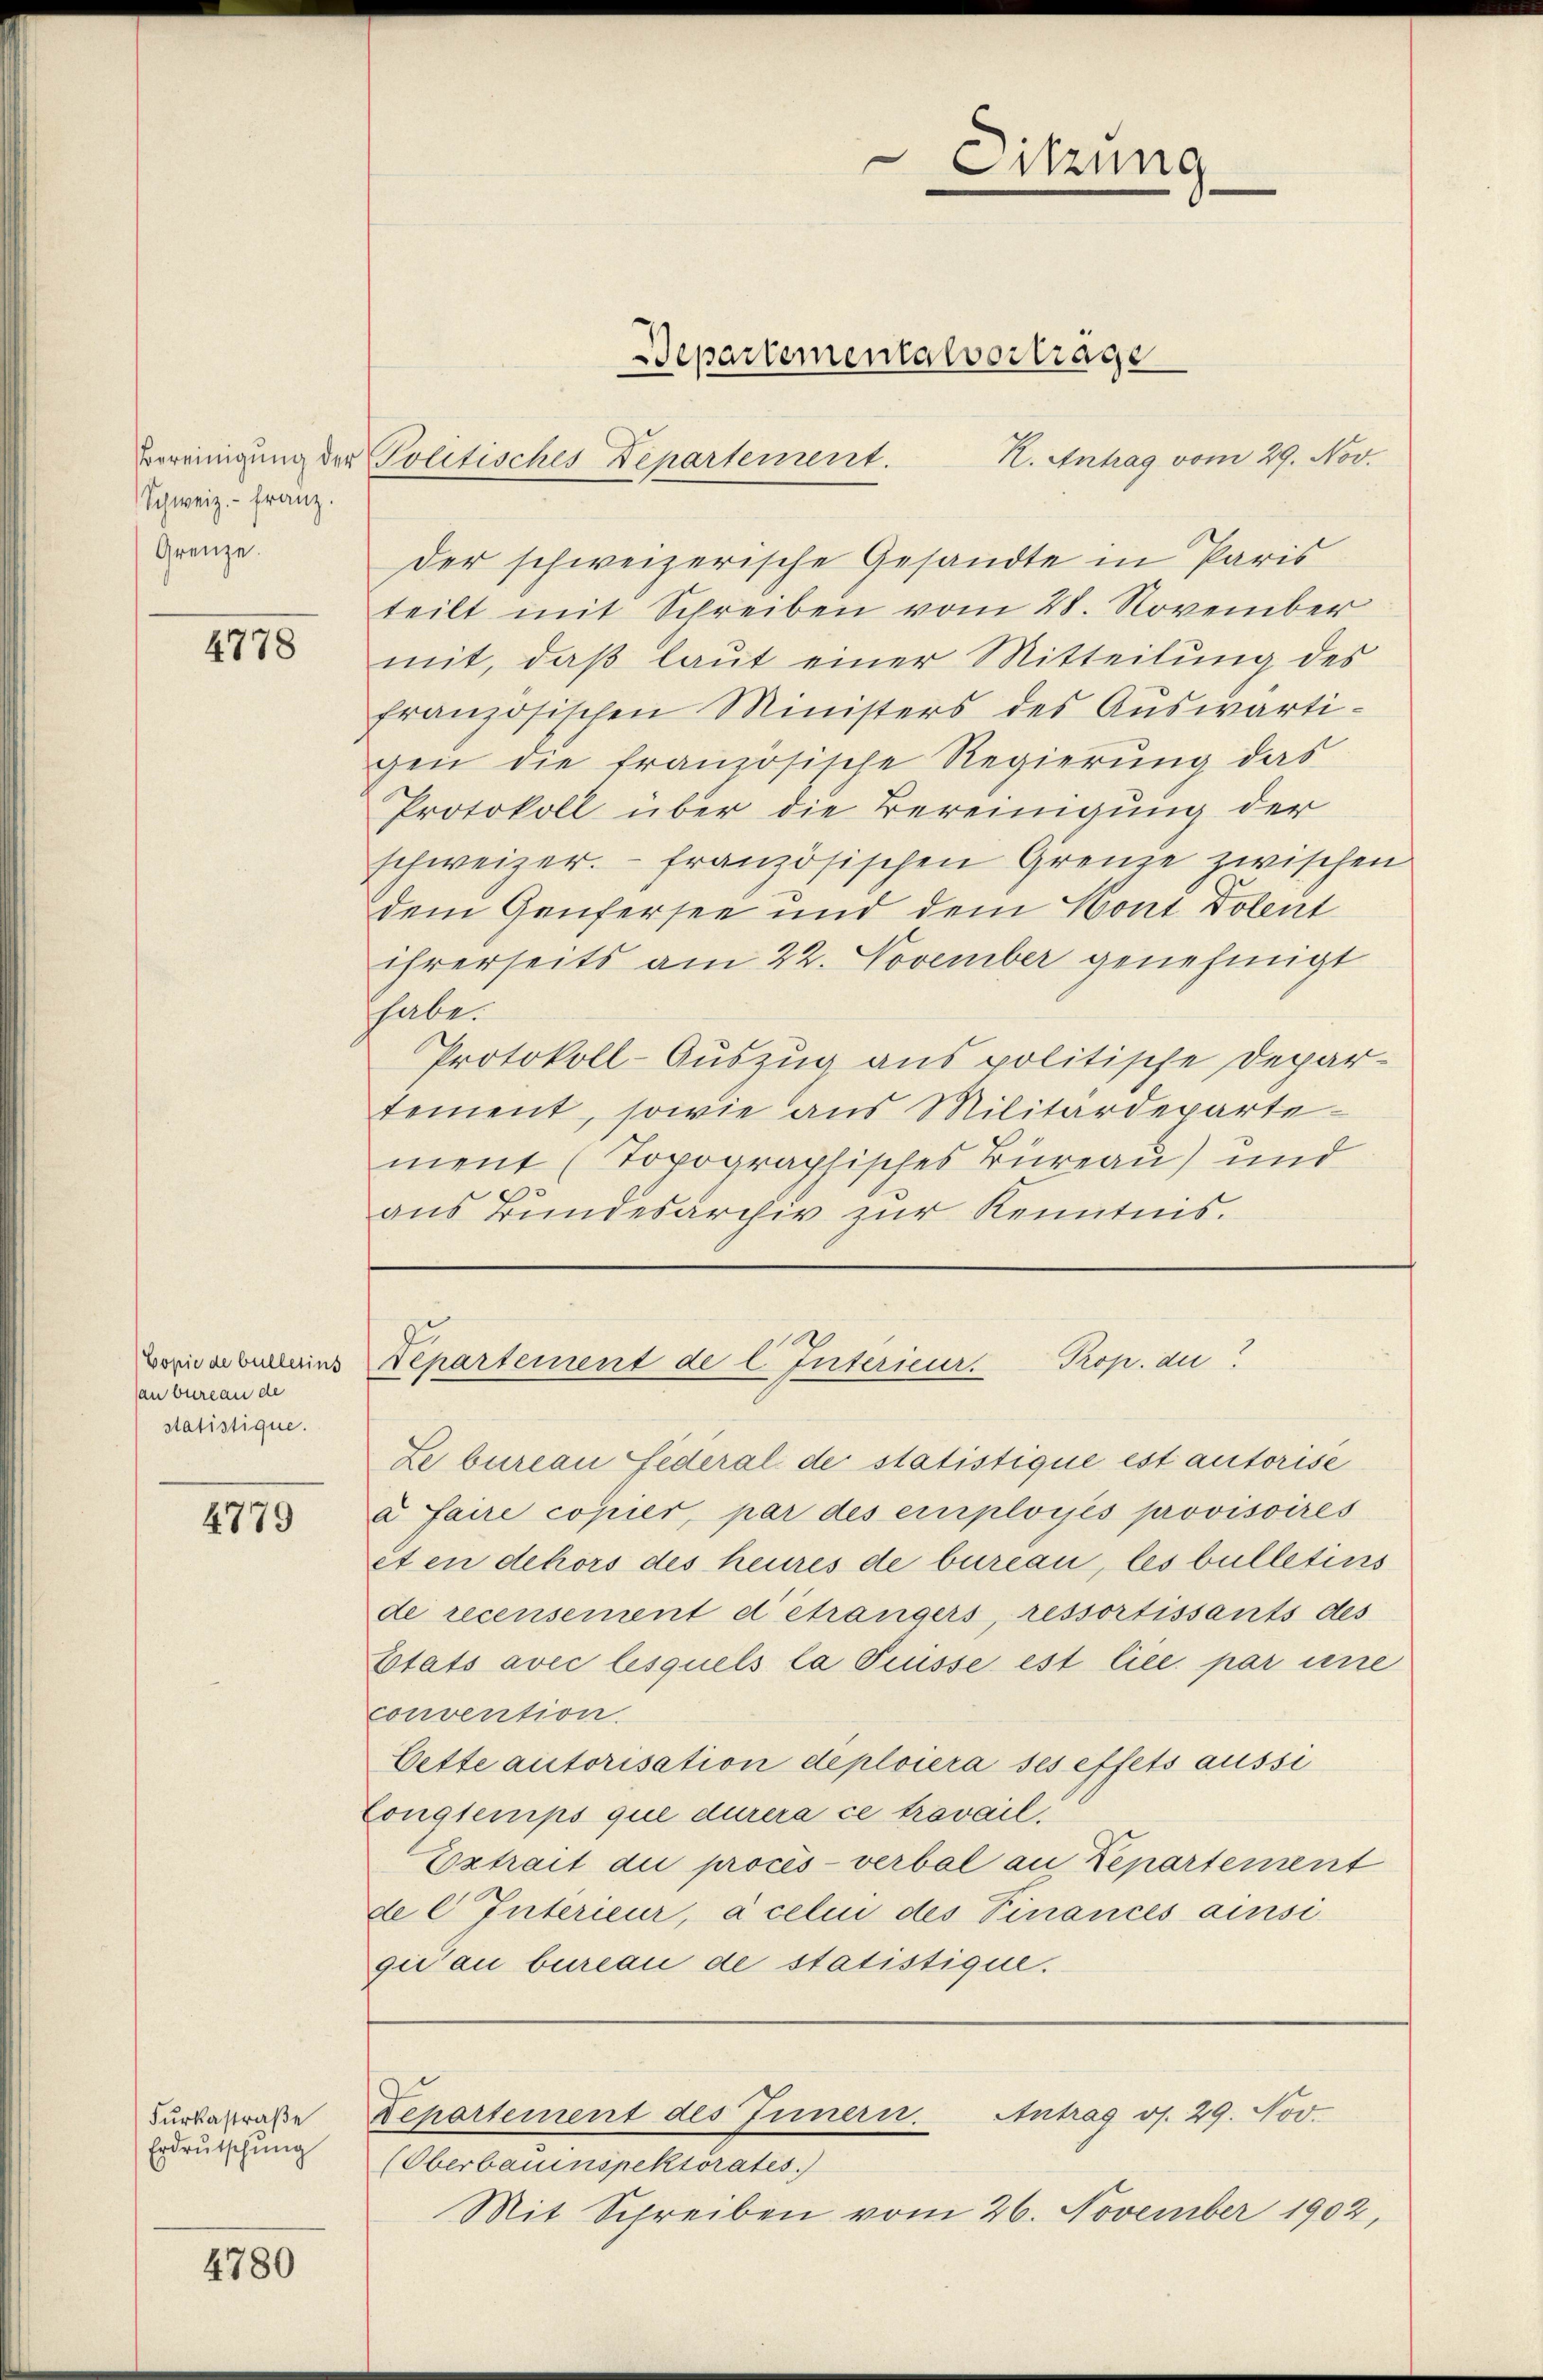
Schweiz.- Franz.
Grenze.

4778

Copie de bulletins
an bureau de
statistique.

4779

Furkastraße
Erdrutschung

4780

R. Antrag vom 29. Nov.
der schweizerische Gesandte in Paris
teilt mit Schreiben vom 28. November
mit, daß laut einer Mitteilung des
französischen Ministers des Aŭswärti-
gen die französische Regierung das
Protokoll über die Bereinigung der
schweizer französischen Grenze zwischen
dem Genfersee und dem Hont Dolent
ihrerseits am 22. November genehmigt
habe.
Protokoll-Auszug aus politische Departement, sowie aus Militärdepartement (Topographisches Büreau) und
aus Bundesarchiv zur Kenntnis.

Bereinigung der Politisches Departement.

Departementalvertrage

Ze bureau Federal der statistique est autorise
à faire copier, par des employés provisoires
et en dehors des heures de bureau, les bulletins
de recensement détrangers, ressortissants des
Etats avec lesquels la Prusse est lice par eine
convention.
Cette autorisation deploiera ses effets aussi
Congtemps que durera ce trovail.
Extrait die procès-verbal an Departement
del Interieur, à celin des Finances ainsi
giiau bureau de statistique.

Sitzung

Departement de l. Interieur. Prop. au

Antrag v. 29. Nov.
Departement des Innern.
(Oberbauinspektorates.)

Mit Schreiben vom 26. November 1902,